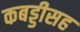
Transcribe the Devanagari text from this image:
कबड्डीसह